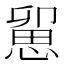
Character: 𢞭